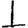
Digit: 1